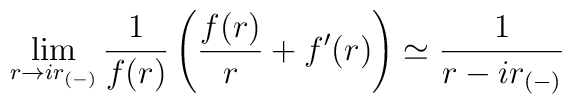
\lim_{r \rightarrow i r_{(-)}} {1 \over f(r)} \left ( {f(r) \over r} + f'(r) \right ) \simeq{1 \over {r- i r_{(-)}}}